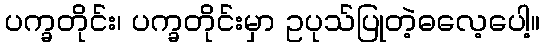
ပက္ခတိုင်း၊ ပက္ခတိုင်းမှာ ဥပုသ်ပြုတဲ့ဓလေ့ပေါ့။